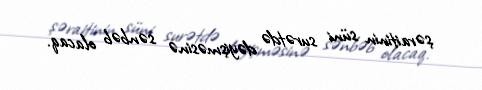
şəraitinin süni surətdə dəyişməsinə sənbəb olacaq.